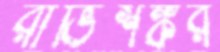
রাভিশঙ্কর